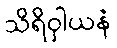
သိရိဝှါယနံ